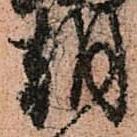
朝